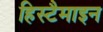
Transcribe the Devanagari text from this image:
हिस्टैमाइन